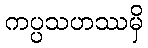
ကပ္ပသဟဿမှိ